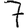
Digit: 7